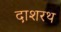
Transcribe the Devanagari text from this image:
दाशरथ